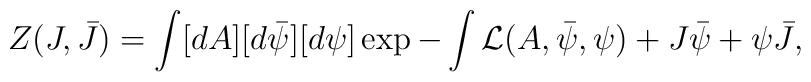
Z(J,\bar{J}) = \int [dA] [d\bar{\psi}][d\psi] \exp - \int {\cal L}(A,\bar{\psi},\psi)+ J\bar{\psi}+\psi\bar{J},